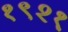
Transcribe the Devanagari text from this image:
१९२१़